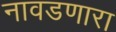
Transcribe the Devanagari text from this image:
नावडणारा